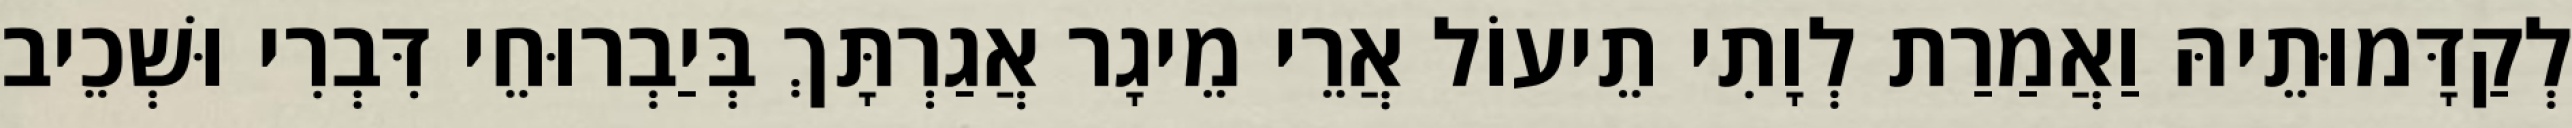
לְקַדָּמוּתֵיהּ וַאֲמַרַת לְוָתִי תֵיעוֹל אֲרֵי מֵיגָר אֲגַרְתָּךְ בְּיַבְרוּחֵי דִּבְרִי וּשְׁכֵיב